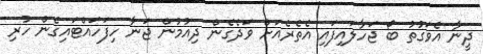
ދީނާ އެވަގުތު ބޯ ޖަހާލައިފައި އެތެރެއަށް ވަދެގެން ދިއުމުން ޖަނާ ހިފަހައްޓައިގެން ހުރި